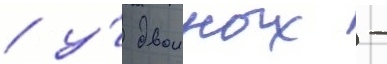
/ у́ двоиных -